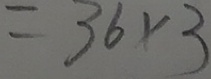
= 3 6 \times 3